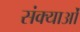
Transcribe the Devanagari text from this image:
संक्याओं